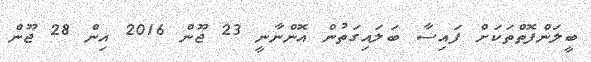
ބީލަންފޮތްތަކަށް ފައިސާ ބަލައިގަތުން އޮންނާނީ 23 ޖޫން 2016 އިން 28 ޖޫން